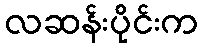
လဆန်းပိုင်းက